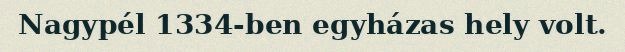
Nagypél 1334-ben egyházas hely volt.